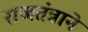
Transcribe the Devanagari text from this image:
राजतंत्राने